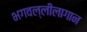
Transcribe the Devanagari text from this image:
भगवल्लीलागान